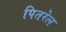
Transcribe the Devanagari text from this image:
पितरेल